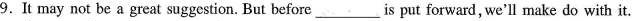
9.It may not be a great suggestion. But before is put forward, we'll make do with it.